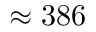
\approx 3 8 6